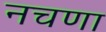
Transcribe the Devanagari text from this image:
नचणा